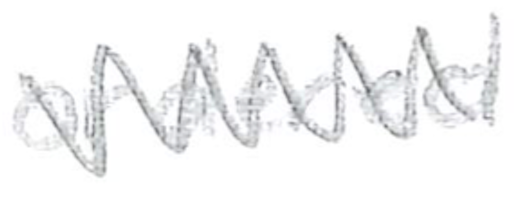
Text: ordered
Cross-out: zig-zag
Writing tool: pencil